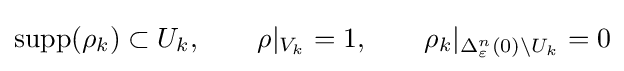
\operatorname {supp} (\rho _{k})\subset U_{k},\qquad \rho |_{V_{k}}=1,\qquad \rho _{k}|_{\Delta _{\varepsilon }^{n}(0)\setminus U_{k}}=0